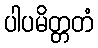
ပါပမိတ္တတံ